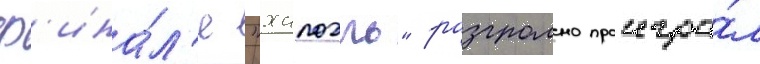
ф'ина́л'е "хапоэль" разгромно проигра́л